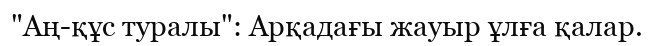
"Аң-құс туралы": Арқадағы жауыр ұлға қалар.